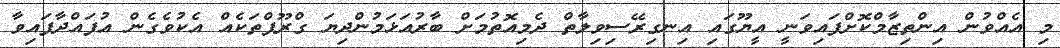
މި އެއްވުން އިންތިޒާމްކޮށްފައިވަނީ އީޔޫގައި އިނގިރޭސިވިލާތް ދެމިއޮތުމަށް ބާރުއަޅަމުންދިޔަ ގްރޫޕްތަކެއް އެކުވެގެން އުފައްދާފައިވާ